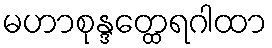
မဟာစုန္ဒတ္ထေရဂါထာ